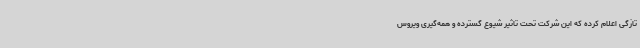
تازگی اعلام کرده که این شرکت تحت تاثیر شیوع گسترده و همه‌گیری ویروس